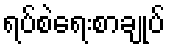
ရပ်စဲရေးစာချုပ်